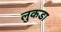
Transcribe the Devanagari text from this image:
लुकडा